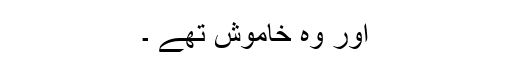
اور وہ خاموش تھے ۔